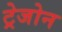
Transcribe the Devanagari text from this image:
ट्रेजोन